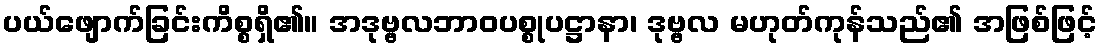
ပယ်ဖျောက်ခြင်းကိစ္စရှိ၏။ အဒုဗ္ဗလဘာဝပစ္စုပဋ္ဌာနာ၊ ဒုဗ္ဗလ မဟုတ်ကုန်သည်၏ အဖြစ်ဖြင့်